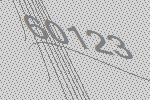
60123